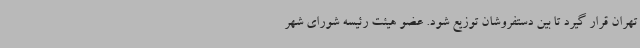
تهران قرار گیرد تا بین دستفروشان توزیع شود. عضو هیئت رئیسه شورای شهر